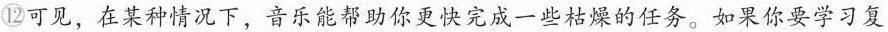
⑫可见，在某种情况下，音乐能帮助你更快完成一些枯燥的任务。如果你要学习复